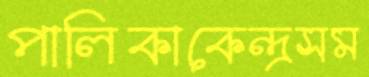
পালিকাকেন্দ্রসম